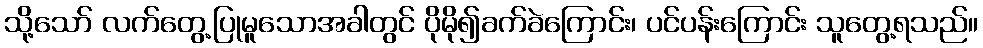
သို့သော် လက်တွေ့ပြုမူသောအခါတွင် ပိုမို၍ခက်ခဲကြောင်း၊ ပင်ပန်းကြောင်း သူတွေ့ရသည်။